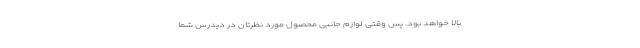
بالا خواهد بود. پس وقتی لوازم جانبی محصول مورد نظرتان در دیدرس شما